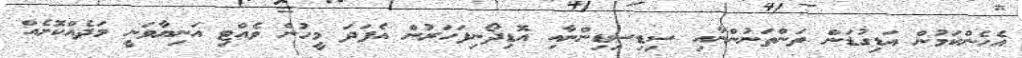
އެހެންކަމުން އަޑިގުޑަން ތަންތަނުންނާއި ސިޑިސިޑިންނާއި އޮޑިދޯނިފަހަރުން އެފަދަ މީހުން ވެއްޓި އަނިޔާވަނީ މަދެއްކޮށެއް